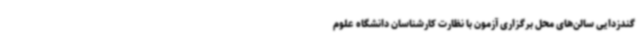
گندزدایی سالن‌های محل برگزاری آزمون با نظارت کارشناسان دانشگاه علوم